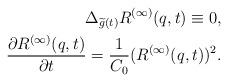
LaTeX: \begin{align*}\Delta_{\widetilde g(t)}R^{(\infty)}(q,t)\equiv0,\\\frac{\partial R^{(\infty)}(q,t)}{\partial t}=\frac{1}{C_0}(R^{(\infty)}(q,t))^2.\end{align*}